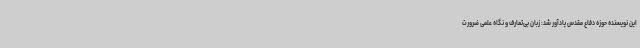
این نویسنده حوزه دفاع مقدس یادآور شد: زبان بی‌تعارف و نگاه علمی ضرورت